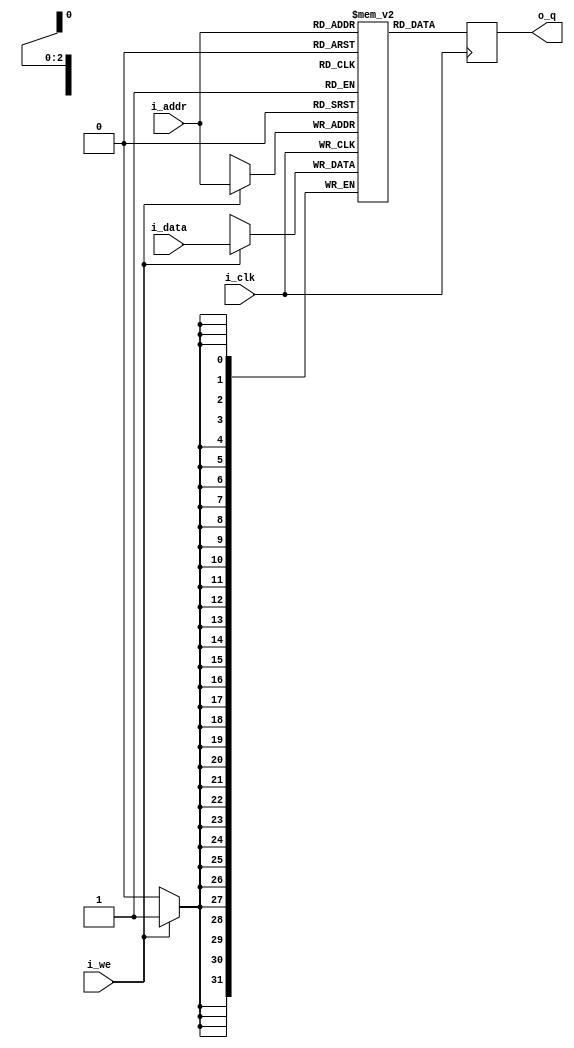
module ppu_oam2(
    input             i_clk   ,
    input   [2:0]     i_addr  ,
    input   [31:0]    i_data  ,
    input             i_we    ,
    output  [31:0]    o_q
);

reg [31:0] mem_array[0:7];
reg [31:0] r_q;

//write
always @( posedge i_clk ) begin
    if(i_we) begin
        mem_array[i_addr] <= i_data;
    end
end


//read, registered output
always @(posedge i_clk) begin
    r_q <= mem_array[i_addr];
end
assign o_q = r_q;

endmodule